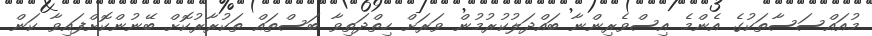
މުއައްސަސާތަކުގެ އެންމެ އިސްވެރިންނާ ބައްދަލުކުރުމުން ވަރަށް ހިތްދަތިވާ ބަސްތައް ތަކުރާރުކޮށް ބޭނުންކޮށްފައިވާ ކަން